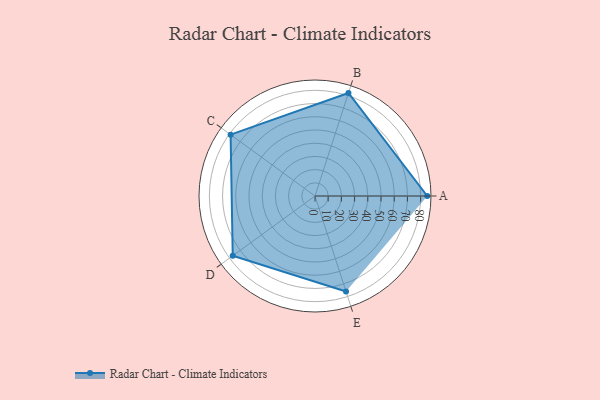
{"axis": {"x": "Skill", "y": "Score"}, "legend": ["Profile"], "data": [{"x": "A", "y": 85.0, "type": "Profile"}, {"x": "B", "y": 82.0, "type": "Profile"}, {"x": "C", "y": 79.0, "type": "Profile"}, {"x": "D", "y": 77.0, "type": "Profile"}, {"x": "E", "y": 76.0, "type": "Profile"}]}